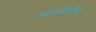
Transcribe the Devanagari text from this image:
आशीर्वांद